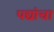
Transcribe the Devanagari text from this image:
पद्यांचा